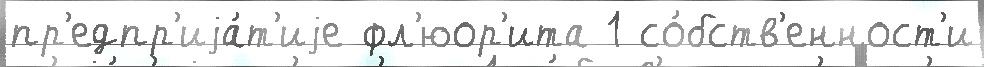
пр'едпр'иjа́т'иjе фл'юор'ита 1 со́бств'енност'и